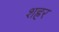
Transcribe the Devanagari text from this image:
शह्रर